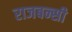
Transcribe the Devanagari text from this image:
राजबन्सी